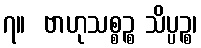
၇။  ဗာဟုသစ္စဉ္စ သိပ္ပဉ္စ၊